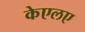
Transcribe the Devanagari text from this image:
केएलए